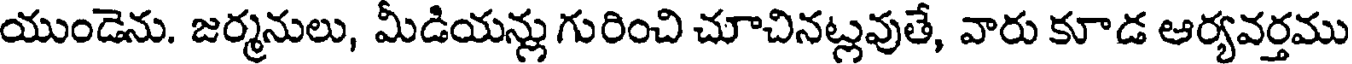
యుండెను. జర్మనులు, మీడియన్లు గురించి చూచినట్లవుతే, వారు కూడ ఆర్యవర్తము